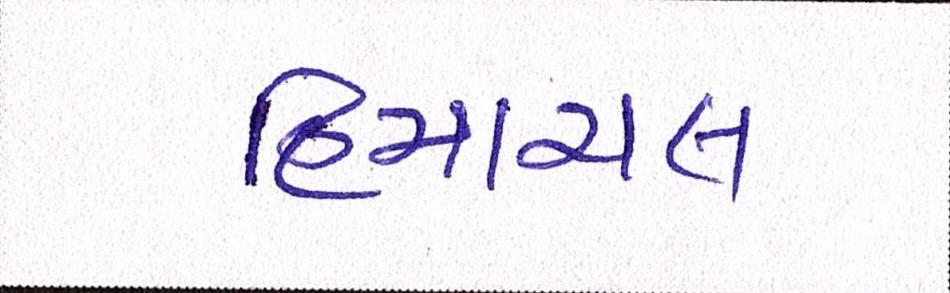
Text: હિમાચલ